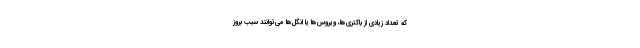
که تعداد زیادی از باکتری‌ها، ویروس‌ها یا انگل‌ها می‌توانند سبب بروز